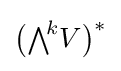
{\bigl (}{\textstyle \bigwedge }^{\!k}V{\bigr )}^{*}